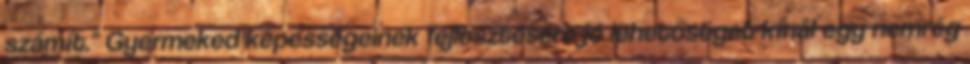
számít." Gyermeked képességeinek fejlesztésére jó lehetőséget kínál egy nemrég